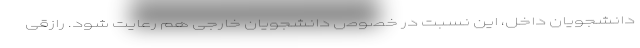
دانشجویان داخل، این نسبت در خصوص دانشجویان خارجی هم رعایت شود. رازقی